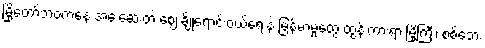
မြို့တော်ဘဝကနေ အေးဆေးတဲ့ ဈေးချိုရောင်းဝယ်ရေးနဲ့ မြန်မာမှုတွေ ထွန်းကားရာ မြို့ကြီး၊ စစ်ဘေး